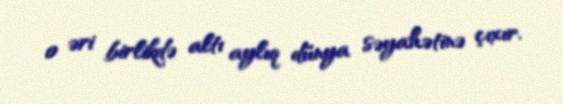
o əri birlikdə altı aylıq dünya səyahətinə çıxır.